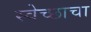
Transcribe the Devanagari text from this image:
स्वेच्छाचा